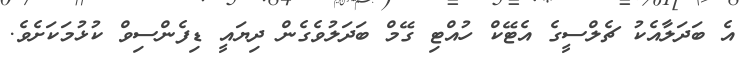
އެ ބަދަލާއެކު ޗެލްސީގެ އެޓޭކް ހުއްޓި ގޭމް ބަދަލުވެގެން ދިޔައީ ޑިފެންސިވް ކުޅުމަކަށެވެ.